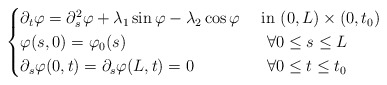
\begin{align*}\begin{cases}\partial_t\varphi=\partial^2_s\varphi+\lambda_1\sin\varphi-\lambda_2\cos\varphi~&\mbox{in}~ (0,L)\times (0,t_0) \\\varphi (s,0)=\varphi_0(s) ~&\mbox{}~\forall 0\leq s\leq L \\\partial_s\varphi(0,t)=\partial_s\varphi(L,t)=0 &\mbox{}~ \forall 0\leq t\leq t_0 \end{cases}\end{align*}